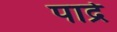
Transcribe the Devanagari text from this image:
पाद्रे